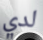
لدي